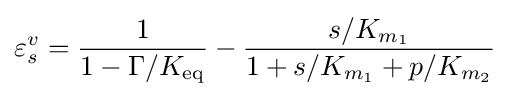
\varepsilon _{s}^{v}={\frac {1}{1-\Gamma /K_{\text{eq}}}}-{\frac {s/K_{m_{1}}}{1+s/K_{m_{1}}+p/K_{m_{2}}}}